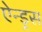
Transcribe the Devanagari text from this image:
ऐन्ड्रस